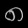
Digit: ၈